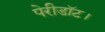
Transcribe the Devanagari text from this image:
पेरीडॉट।